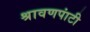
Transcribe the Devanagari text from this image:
श्रावणपांटी